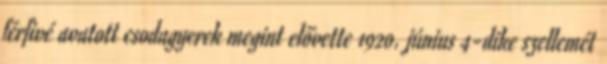
férfivé avatott csodagyerek megint elővette 1920. június 4-dike szellemét